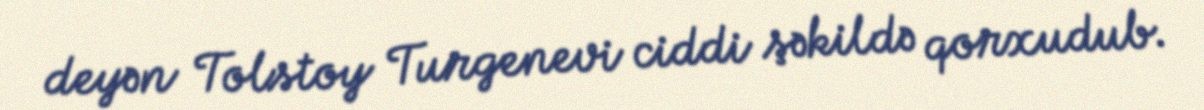
deyən Tolstoy Turgenevi ciddi şəkildə qorxudub.